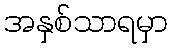
အနှစ်သာရမှာ